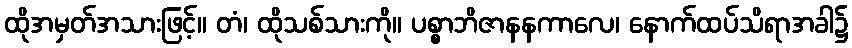
ထိုအမှတ်အသားဖြင့်။ တံ၊ ထိုသစ်သားကို။ ပစ္စာဘိဇာနနကာလေ၊ နောက်ထပ်သိရာအခါ၌